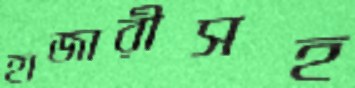
হাজারীসহ